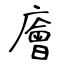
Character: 廥